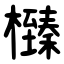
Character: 㰉